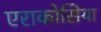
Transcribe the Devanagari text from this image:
एराकोसिया